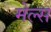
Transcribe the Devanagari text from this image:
मेल्स